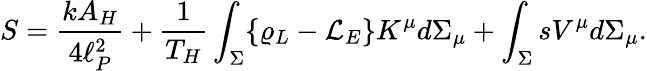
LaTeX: S={\frac{kA_{H}}{4\ell_{P}^{2}}}+{\frac{1}{T_{H}}}\int_{\Sigma}\{ \varrho_{L}-{\cal L}_{E}\} K^{\mu}d\Sigma_{\mu}+\int_{\Sigma}sV^{\mu}d\Sigma_{\mu}.